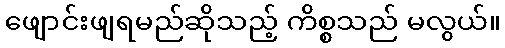
ဖျောင်းဖျရမည်ဆိုသည့် ကိစ္စသည် မလွယ်။